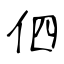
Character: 伵